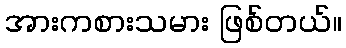
အားကစားသမား ဖြစ်တယ်။